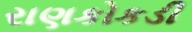
રાણકોકડી